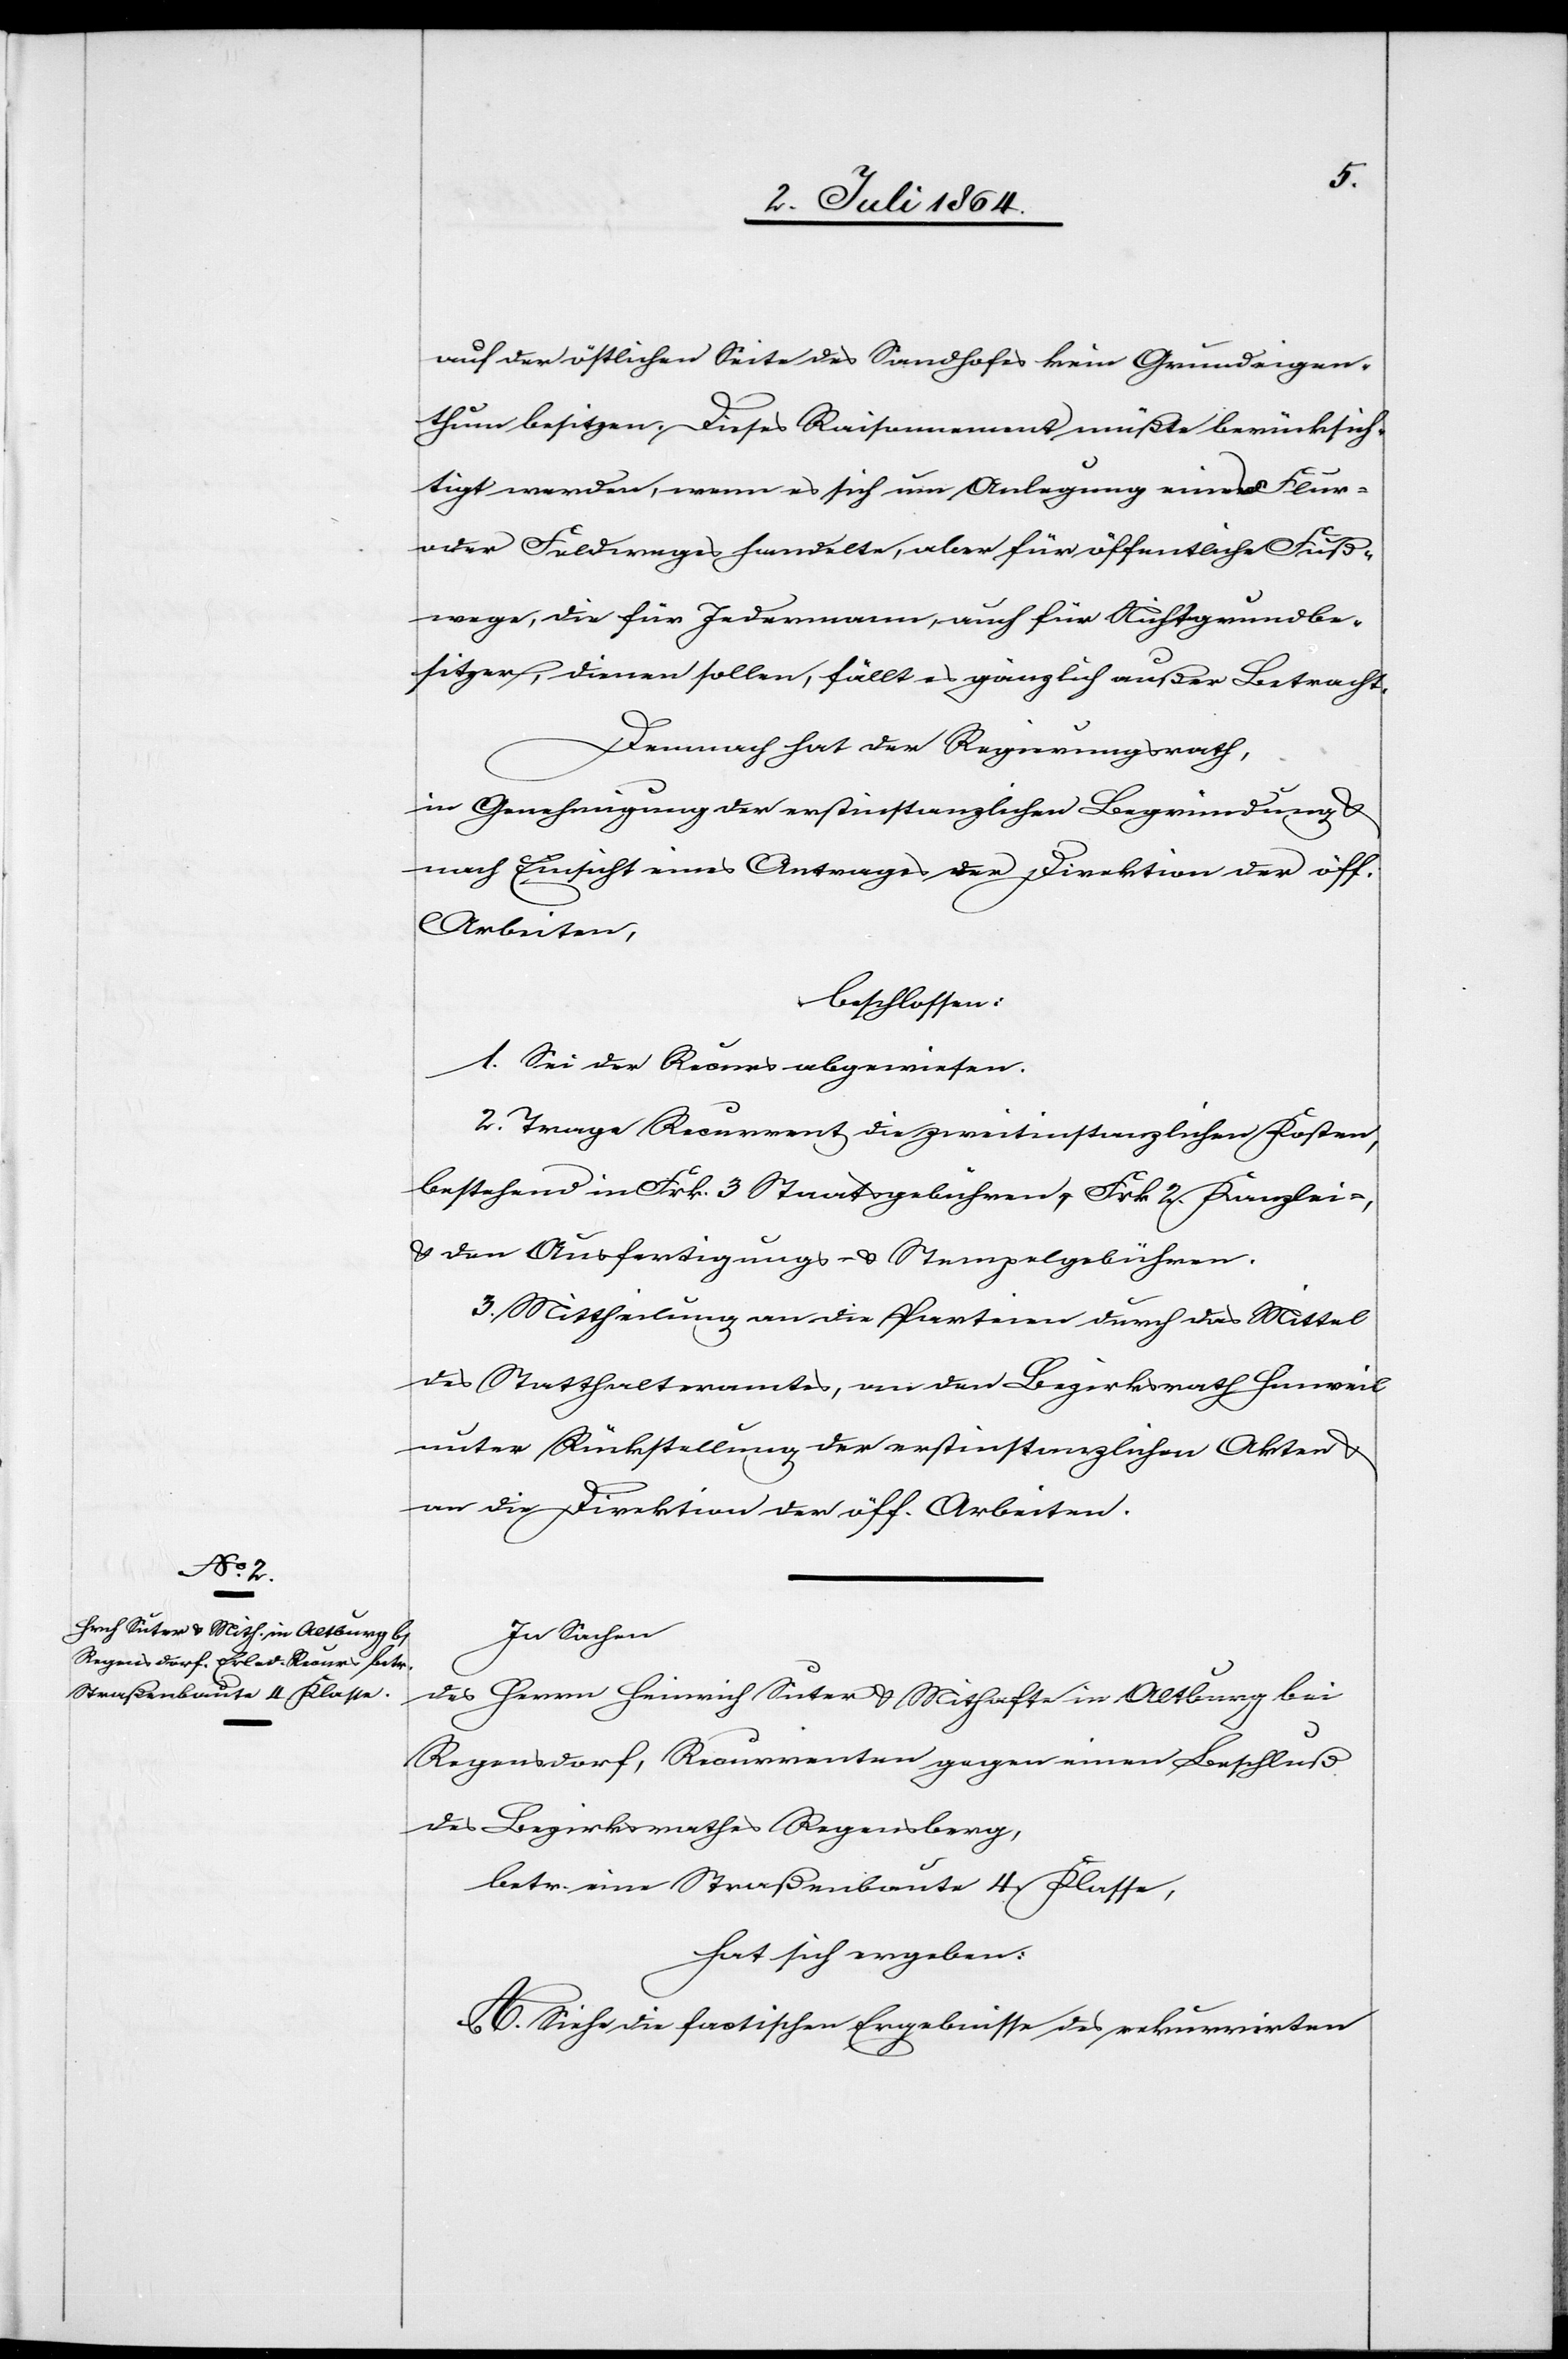
auf der östlichen Seite des Sandhofes kein Grundeigen¬
thum besitzen. Dieses Raisonnement müßte berücksich¬
tigt werden, wenn es sich um Anlegung eines Flur-
oder Feldweges handelte, aber für öffentliche Fuß¬
wege, die für Jedermann, auch für Nichtgrundbe¬
sitzer, dienen sollen, fällt es gänzlich außer Betracht.
Demnach hat der Regierungsrath,
in Genehmigung der erstinstanzlichen Begründung u.
nach Einsicht eines Antrages der Direktion der öff.
Arbeiten,
beschlossen:
1. Sei der Recurs abgewiesen.
2. Trage Recurrent die zweitinstanzlichen Kosten,
bestehend in Frk. 3 Staatsgebühren, Frk. 2. Kanzlei-
u. den Ausfertigungs- u. Stempelgebühren.
3. Mittheilung an die Parteien durch das Mittel
des Statthalteramtes, an den Bezirksrath Hinweil
unter Rückstellung der erstinstanzlichen Akten u.
an die Direktion der öff. Arbeiten.
In Sachen
des Herrn Heinrich Suter u. Mithafte in Altburg bei
Regensdorf, Recurrenten gegen einen Beschluß
des Bezirksrathes Regensberg,
betr. eine Straßenbaute 4. Klasse,
hat sich ergeben:
A. Siehe die factischen Ergebnisse des rekurrirten